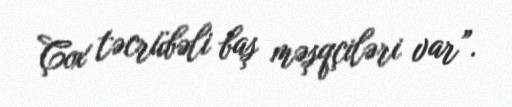
Çox təcrübəli baş məşqçiləri var”.